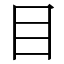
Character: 目